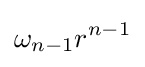
\omega _{n-1}r^{n-1}